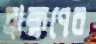
ব্রাহ্মণের